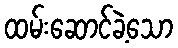
ထမ်းဆောင်ခဲ့သော